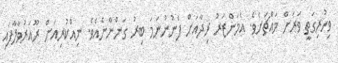
ވިހުރިގަތީ ވަރަށް މައްޗަށެވެ. އެމަންޒަރު ރިދާއަށް ފެނުނުނަމަ ބިރު ގަންނާނެއެވެ. ނިއްކުރިއަށް ރޫއަރުވާލާފައި